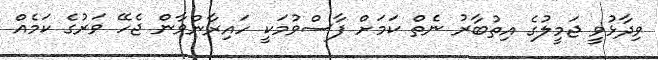
ވިދާޅުވީ ޖަމީލުގެ އިތުބާރު ނެތް ކަމަށް ފާސްވުމަކީ ހައިރާންވާން ޖެހޭ ވަރުގެ ކަމެއް